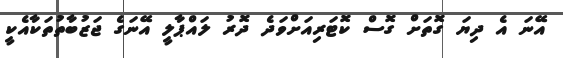
އޭނަ އެ ދިޔަ ގޮތަށް ގޮސް ކޮޓަރިއަށްވަދެ ދޮރު ލައްޕާލީ އޭނަގެ ޖަޒުބާތުތަކާއެކީ